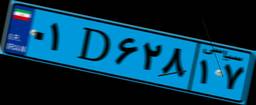
۰۱D۶۲۸۱۷